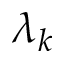
\lambda _ { k }